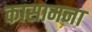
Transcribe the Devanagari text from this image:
कासामना